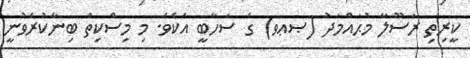
ކީރިތި ރަސޫލާ މުޙައްމަދު (ޞޢވ) ގެ ސަހާބީ އެކެވެ. މި މިސްކިތް ބިނާކުރެވުނީ